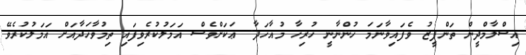
އިސްލާމްދީން ތަންފީޒު ވެފައިވާނަމަ ހުންނާނީ ހުރިހާ މުއާހަދާ. ޢަކަށްވެސް އަމަލުކުރެވިފައި ތިމުވާހަދާއަށް އަމަލުކުރެވޭ